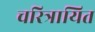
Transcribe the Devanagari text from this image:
चरित्रायित